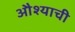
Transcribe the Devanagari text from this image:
औश्याची